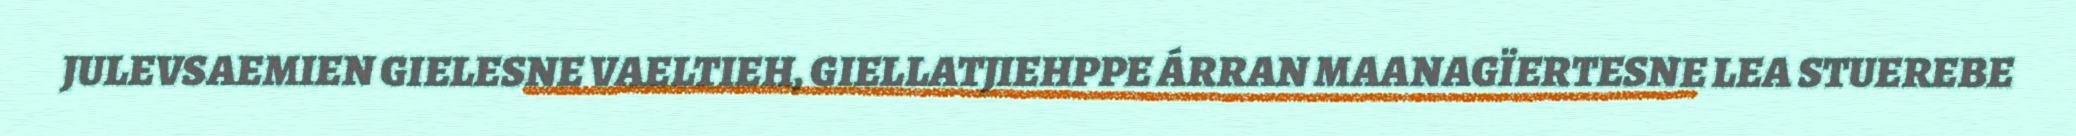
JULEVSAEMIEN GIELESNE VAELTIEH, GIELLATJIEHPPE ÁRRAN MAANAGÏERTESNE LEA STUEREBE